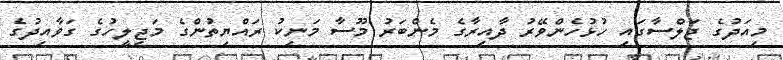
މިއަދުގެ ޖަލްސާގައި ހުޅުހެންވޭރު ދާއިރާގެ މެންބަރު މޫސާ މަނިކު ރައްޔިތުންގެ މަޖިލީހުގެ ގަވާއިދުގެ